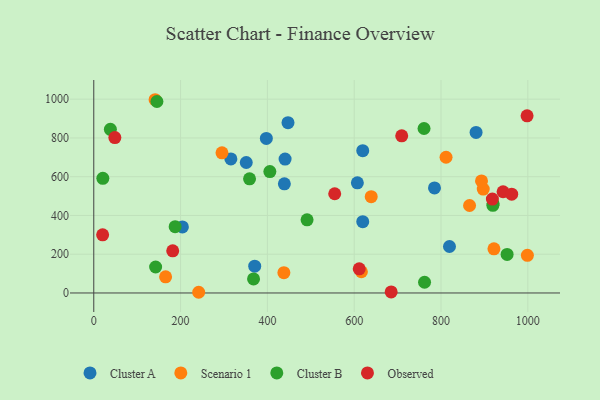
{"axis": {"x": "Distance", "y": "Salary"}, "legend": ["Cluster A", "Cluster B", "Observed", "Scenario 1"], "data": [{"x": "397.6", "y": 797.6, "type": "Cluster A"}, {"x": "619.7", "y": 734.5, "type": "Cluster A"}, {"x": "204.2", "y": 341.0, "type": "Cluster A"}, {"x": "880.8", "y": 828.7, "type": "Cluster A"}, {"x": "447.5", "y": 878.9, "type": "Cluster A"}, {"x": "439.1", "y": 563.1, "type": "Cluster A"}, {"x": "785.0", "y": 542.3, "type": "Cluster A"}, {"x": "351.3", "y": 673.2, "type": "Cluster A"}, {"x": "619.7", "y": 367.8, "type": "Cluster A"}, {"x": "315.9", "y": 691.6, "type": "Cluster A"}, {"x": "370.8", "y": 138.1, "type": "Cluster A"}, {"x": "819.5", "y": 239.8, "type": "Cluster A"}, {"x": "607.3", "y": 568.2, "type": "Cluster A"}, {"x": "440.8", "y": 690.9, "type": "Cluster A"}, {"x": "639.2", "y": 497.0, "type": "Scenario 1"}, {"x": "865.8", "y": 451.5, "type": "Scenario 1"}, {"x": "141.3", "y": 997.2, "type": "Scenario 1"}, {"x": "438.0", "y": 104.9, "type": "Scenario 1"}, {"x": "295.4", "y": 723.0, "type": "Scenario 1"}, {"x": "922.0", "y": 227.6, "type": "Scenario 1"}, {"x": "241.7", "y": 3.6, "type": "Scenario 1"}, {"x": "616.6", "y": 109.4, "type": "Scenario 1"}, {"x": "897.3", "y": 536.3, "type": "Scenario 1"}, {"x": "165.5", "y": 83.2, "type": "Scenario 1"}, {"x": "893.3", "y": 578.4, "type": "Scenario 1"}, {"x": "811.6", "y": 700.4, "type": "Scenario 1"}, {"x": "999.0", "y": 194.4, "type": "Scenario 1"}, {"x": "405.7", "y": 626.3, "type": "Cluster B"}, {"x": "919.5", "y": 452.5, "type": "Cluster B"}, {"x": "491.4", "y": 377.6, "type": "Cluster B"}, {"x": "145.5", "y": 988.1, "type": "Cluster B"}, {"x": "358.9", "y": 589.1, "type": "Cluster B"}, {"x": "952.3", "y": 199.1, "type": "Cluster B"}, {"x": "920.1", "y": 460.3, "type": "Cluster B"}, {"x": "762.1", "y": 55.3, "type": "Cluster B"}, {"x": "368.1", "y": 72.7, "type": "Cluster B"}, {"x": "20.9", "y": 591.8, "type": "Cluster B"}, {"x": "38.3", "y": 844.2, "type": "Cluster B"}, {"x": "187.5", "y": 342.0, "type": "Cluster B"}, {"x": "142.5", "y": 134.1, "type": "Cluster B"}, {"x": "760.9", "y": 848.7, "type": "Cluster B"}, {"x": "709.5", "y": 810.7, "type": "Observed"}, {"x": "611.6", "y": 124.6, "type": "Observed"}, {"x": "555.1", "y": 512.0, "type": "Observed"}, {"x": "20.4", "y": 299.8, "type": "Observed"}, {"x": "998.3", "y": 914.1, "type": "Observed"}, {"x": "181.9", "y": 217.4, "type": "Observed"}, {"x": "685.2", "y": 5.5, "type": "Observed"}, {"x": "943.0", "y": 522.3, "type": "Observed"}, {"x": "962.9", "y": 509.8, "type": "Observed"}, {"x": "918.4", "y": 484.7, "type": "Observed"}, {"x": "48.6", "y": 801.9, "type": "Observed"}]}